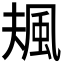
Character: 𩖬